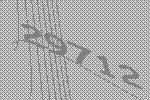
29712